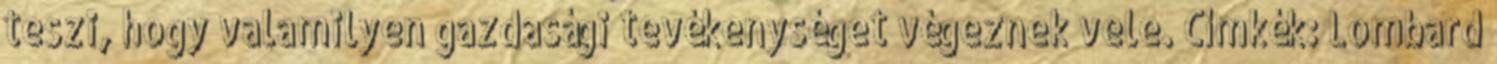
teszi, hogy valamilyen gazdasági tevékenységet végeznek vele. Címkék: Lombard